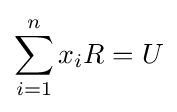
\sum _{i=1}^{n}x_{i}R=U